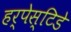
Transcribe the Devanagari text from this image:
हर्पेस्टिडे